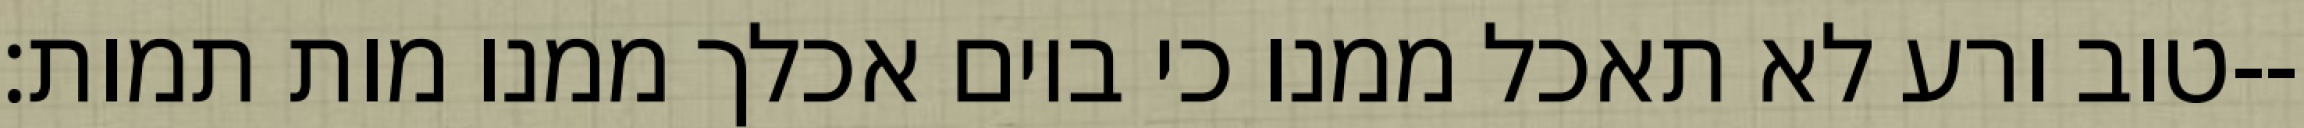
טוב ורע לא תאכל ממנו כי ביום אכלך ממנו מות תמות׃--